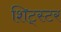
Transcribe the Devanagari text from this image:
शिट्स्टर